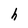
Character: h